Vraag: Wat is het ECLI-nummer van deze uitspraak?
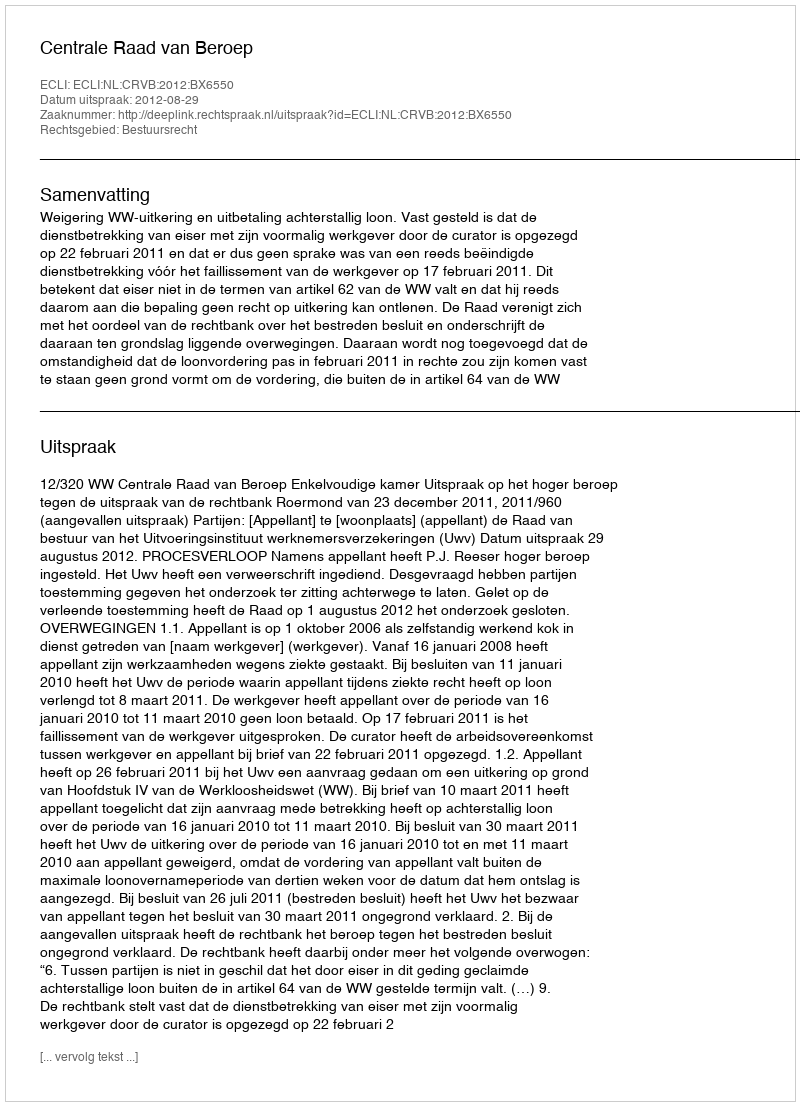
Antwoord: ECLI:NL:CRVB:2012:BX6550